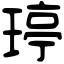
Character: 𤧟